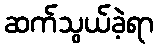
ဆက်သွယ်ခဲ့ရာ